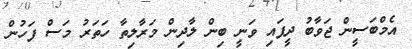
އެމްބަސީން ޖަވާބު ދީފައި ވަނީ ބިން ލާދިން މަރާލިތާ ހަތަރު މަސް ފަހުން